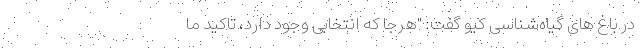
در باغ های گیاه‌شناسی کیو گفت: "هرجا که انتخابی وجود دارد، تاکید ما